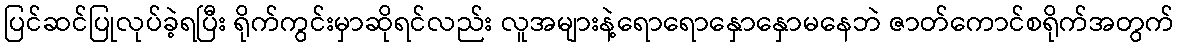
ပြင်ဆင်ပြုလုပ်ခဲ့ရပြီး ရိုက်ကွင်းမှာဆိုရင်လည်း လူအများနဲ့ရောရောနှောနှောမနေဘဲ ဇာတ်ကောင်စရိုက်အတွက်